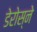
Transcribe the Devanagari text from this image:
डेरोस्ने